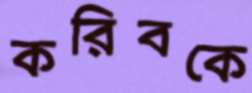
করিবকে